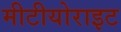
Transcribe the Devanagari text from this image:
मीटीयोराइट